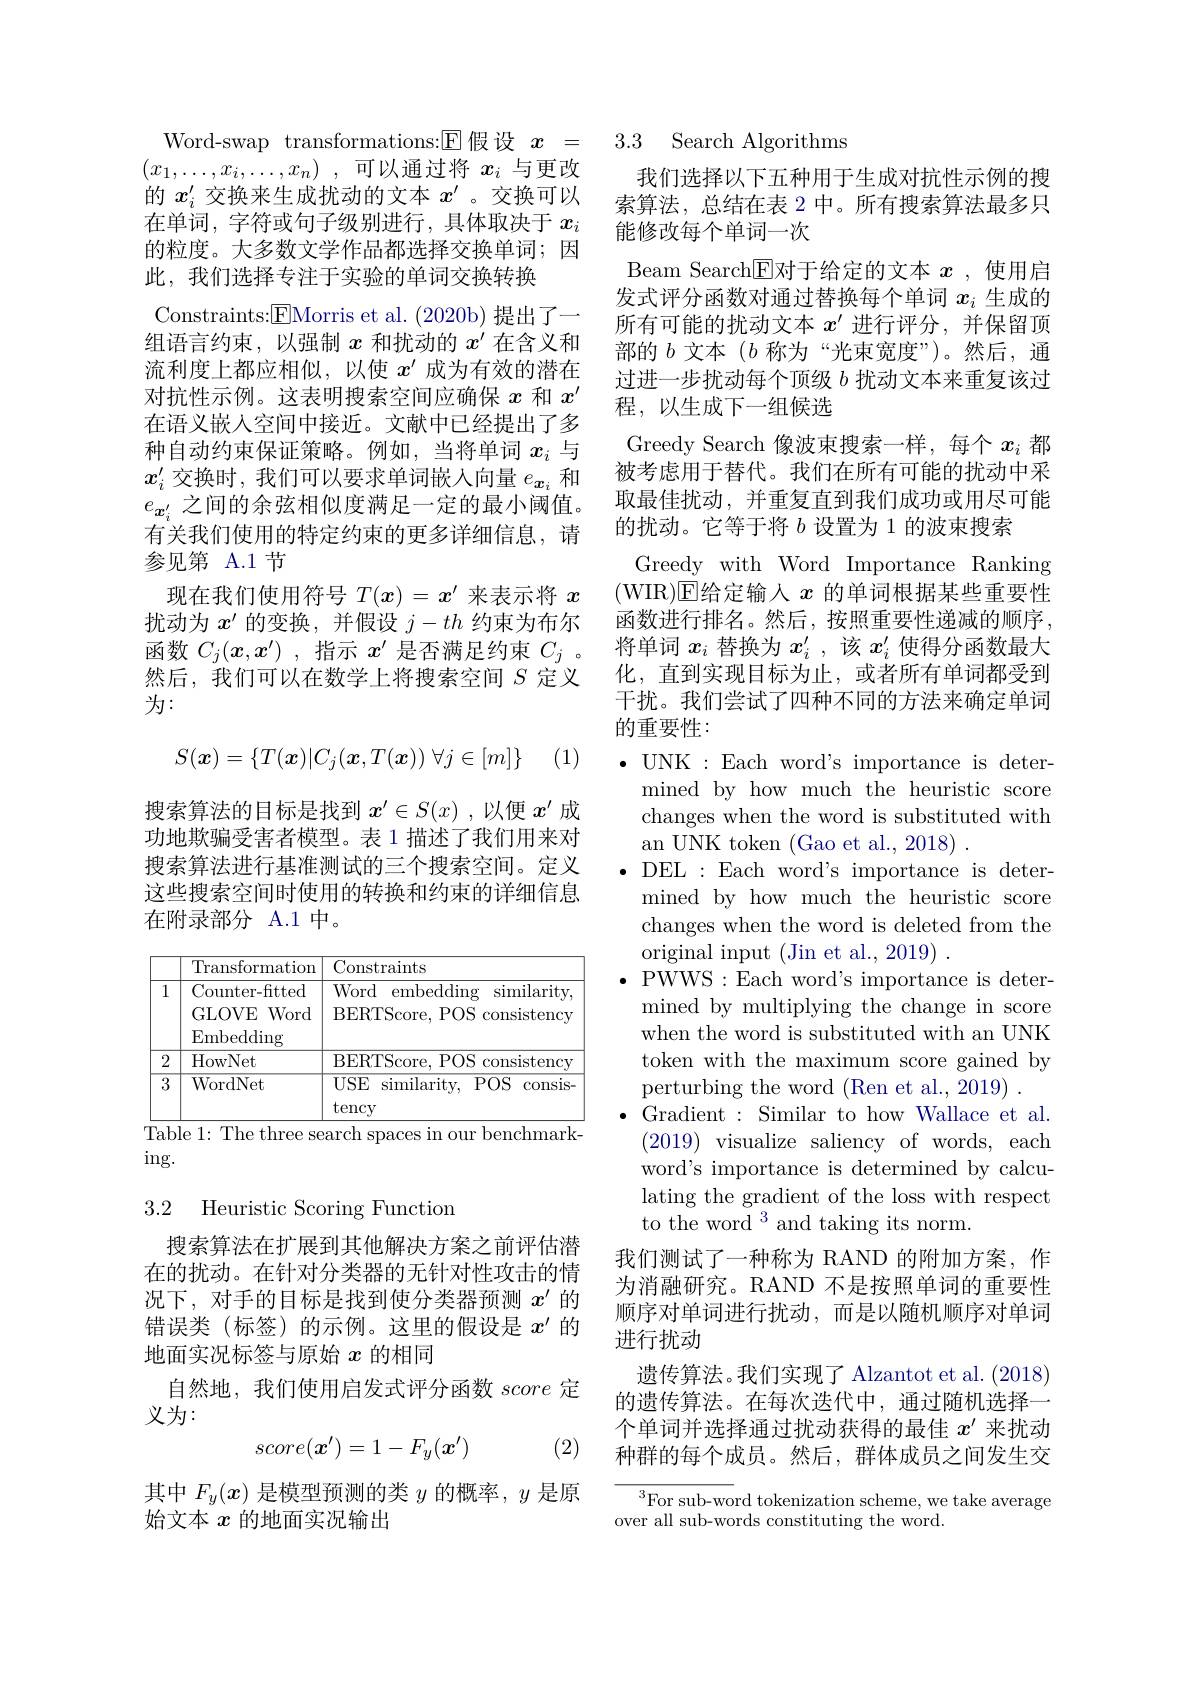
Word-swap transformations:$\boxed{\mathrm{E}}$假设 $x=$ $( x_1, \ldots , x_i, \ldots , x_n)$ ,可以通过将 $x_i$ 与更改的$x_i^{\prime}$交换来生成扰动的文本$x^{\prime}$ 。交换可以在单词，字符或句子级别进行，具体取决于$x_i$ 的粒度。大多数文学作品都选择交换单词；因此，我们选择专注于实验的单词交换转换
Constraints:$\boxed{\mathrm{E}}$Morris et al.(2020b) 提出了一组语言约束，以强制$x$和扰动的$x^\prime$在含义和流利度上都应相似，以使$x^{\prime}$成为有效的潜在对抗性示例。这表明搜索空间应确保$x$和$x^{\prime}$ 在语义嵌入空间中接近。文献中已经提出了多种自动约束保证策略。例如，当将单词$x_i$与$x_i^{\prime}$交换时，我们可以要求单词嵌入向量$e_{\boldsymbol{x}_i}$和$e_{\boldsymbol{x}_i^{\prime}}$之间的余弦相似度满足一定的最小阈值。有关我们使用的特定约束的更多详细信息，请参见第 A.1节
现在我们使用符号$T(x)=x^{\prime}$来表示将$x$ 扰动为$x^\prime$的变换，并假设$j-th$约束为布尔函数$C_j(x,x^{\prime})$ ,指示$x^{\prime}$是否满足约束$C_j$ 。然后，我们可以在数学上将搜索空间$S$定义为：
$$S(\boldsymbol{x})=\{T(\boldsymbol{x})|C_j(\boldsymbol{x},T(\boldsymbol{x}))\:\forall j\in[m]\}$$
(1)

搜索算法的目标是找到$x^\prime\in S(x)$ ,以便$x^{\prime}$成功地欺骗受害者模型。表 1 描述了我们用来对搜索算法进行基准测试的三个搜索空间。定义这些搜索空间时使用的转换和约束的详细信息在附录部分 A.1 中。

<table>
	<tbody>
		<tr>
			<th rowspan="4">1</th>
			<th>Transformation</th>
			<th>Constraints</th>
		</tr>
		<tr>
			<td>Transformation Counter-fitted GLOVE Word Fmbedding</td>
			<td>Constraints Word 11 embedding similarity, BERTScore, POS consistency</td>
		</tr>
		<tr>
			<td>Counter-fitted GLOVE Word</td>
			<td>Word embedding similarity, BERTScore, POS consistency</td>
		</tr>
		<tr>
			<td>GLOVE Word $\operatorname{Embedding}$</td>
			<td>BERTScore, POS consistency</td>
		</tr>
		<tr>
			<td>2</td>
			<td>HowNet</td>
			<td>BERTScore, POS ${\mathrm{~consistency}}$</td>
		</tr>
		<tr>
			<td>3</td>
			<td>WordNet</td>
			<td>$\overline{\mathrm{USE}}$ similarity, POS 1 consis- tency</td>
		</tr>
	</tbody>
</table>
Table 1: The three search spaces in our benchmark-

$\operatorname{ing}.$

3.2 Heuristic Scoring Function

搜索算法在扩展到其他解决方案之前评估潜在的扰动。在针对分类器的无针对性攻击的情况下，对手的目标是找到使分类器预测$x^{\prime}$的错误类(标签)的示例。这里的假设是$x^{\prime}$的地面实况标签与原始$x$的相同
自然地，我们使用启发式评分函数score定
义为：
$$score(\boldsymbol{x}')=1-F_y(\boldsymbol{x}')$$
(2)

其中$F_y(x)$是模型预测的类$y$的概率，$y$是原
始文本$x$的地面实况输出

## 3.3 Search Algorithms

我们选择以下五种用于生成对抗性示例的搜索算法，总结在表 2 中。所有搜索算法最多只能修改每个单词一次
Beam Search$\boxed{\mathrm{E}}$对于给定的文本 $x$ ,使用启发式评分函数对通过替换每个单词$x_i$生成的所有可能的扰动文本$x^{\prime}$进行评分，并保留顶部的$b$文本$(b$称为“光束宽度”)。然后，通过进一步扰动每个顶级$b$扰动文本来重复该过程，以生成下一组候选
Greedy Search 像波束搜索一样，每个$x_i$都被考虑用于替代。我们在所有可能的扰动中采取最佳扰动，并重复直到我们成功或用尽可能的扰动。它等于将$b$设置为 1 的波束搜索
Greedy with Word Importance Ranking (WIR)☑E给定输入$x$的单词根据某些重要性函数进行排名。然后，按照重要性递减的顺序， 将单词$x_i$替换为$x_i^{\prime}$ ,该$x_i^{\prime}$使得分函数最大化，直到实现目标为止，或者所有单词都受到干扰。我们尝试了四种不同的方法来确定单词的重要性：
$\bullet$ UNK:Each word's importance is deter-

mined by how much the heuristic score

changes when the word is substituted with

an UNK token (Gao et al., 2018)

$\bullet$ DEL: Each word's importance is deter-

mined by how much the heuristic score

changes when the word is deleted from the

original input (Jin et al., 2019) .

$\bullet$ PWWS:Each word's importance is deter-

mined by multiplying the change in score

when the word is substituted with an UNK

token with the maximum score gained by

perturbing the word (Ren et al., 2019) .

$\bullet$Gradient:Similar to how Wallace et al.

$(2019){\mathrm{~visualize~saliency~of~words,~each}}$

word's importance is determined by calcu-

lating the gradient of the loss with respect

to the word $^3$and taking its norm.

我们测试了一种称为 RAND 的附加方案，作为消融研究。RAND 不是按照单词的重要性顺序对单词进行扰动，而是以随机顺序对单词进行扰动

遗传算法。我们实现了 Alzantot et al. (2018) 的遗传算法。在每次迭代中，通过随机选择一个单词并选择通过扰动获得的最佳$x^{\prime}$来扰动种群的每个成员。然后，群体成员之间发生交

${\overline{{^3}\text{For sub-wo}}}$rd tokenization scheme, we take average
over all sub-words constituting the word.